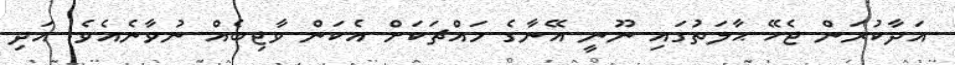
އަދާކުރަން ޖެހޭ ޙާލަތުގައި ނޫނީ އޭނާގެ މައްޗަކަށް އެކަން ވާޖިބެއް ނުވާނެއެވެ. އަދި